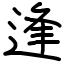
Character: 逢